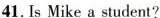
41.Is Mike a student?